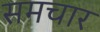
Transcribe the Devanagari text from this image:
समचार